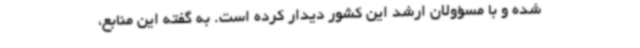
شده و با مسؤولان ارشد این کشور دیدار کرده است. به گفته این منابع،